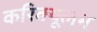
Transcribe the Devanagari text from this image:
करिक्यूलम